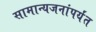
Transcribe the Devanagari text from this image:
सामान्यजनांपर्यंत